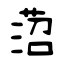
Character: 菬